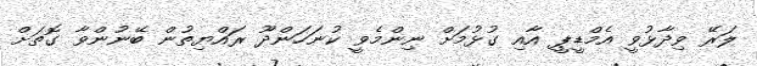
ލަރޭ ވިދާޅުވީ އެމްޑީޕީ އާއި ގުޅުމަށް ނިންމެވީ ކުނަހަންދޫ ރައްޔިތުން ބޭނުންވާ ގޮތަށް